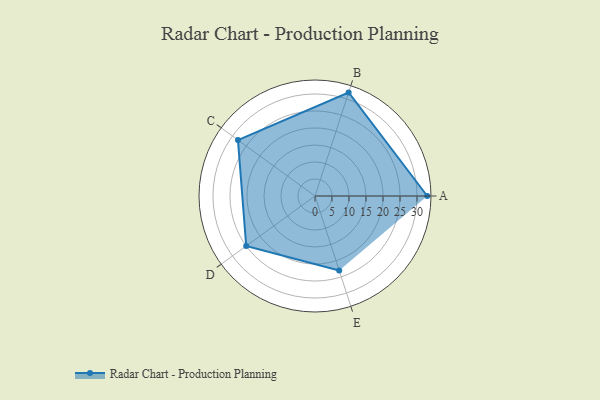
{"axis": {"x": "Skill", "y": "Score"}, "legend": ["Profile"], "data": [{"x": "A", "y": 33.0, "type": "Profile"}, {"x": "B", "y": 32.0, "type": "Profile"}, {"x": "C", "y": 28.0, "type": "Profile"}, {"x": "D", "y": 25.0, "type": "Profile"}, {"x": "E", "y": 23.0, "type": "Profile"}]}